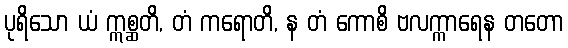
ပုရိသော ယံ ဣစ္ဆတိ, တံ ကရောတိ, န တံ ကောစိ ဗလက္ကာရေန တတော